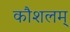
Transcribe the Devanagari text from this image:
कौशलम्